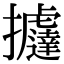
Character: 𢺂